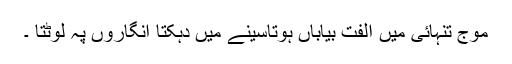
موج تنہائی میں الفت بیاباں ہوتاسینے میں دہکتا انگاروں پہ لوٹتا ۔